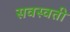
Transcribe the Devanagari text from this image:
सवस्वती